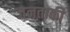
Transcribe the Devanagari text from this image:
जनताकी